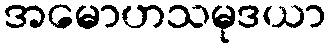
အမောဟသမုဒယာ